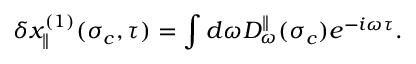
\delta x _ { \parallel } ^ { ( 1 ) } ( \sigma _ { c } , \tau ) = \int d \omega D _ { \omega } ^ { \parallel } ( \sigma _ { c } ) e ^ { - i \omega \tau } .